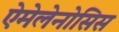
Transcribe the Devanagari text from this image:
ऐमेलेनोसिस